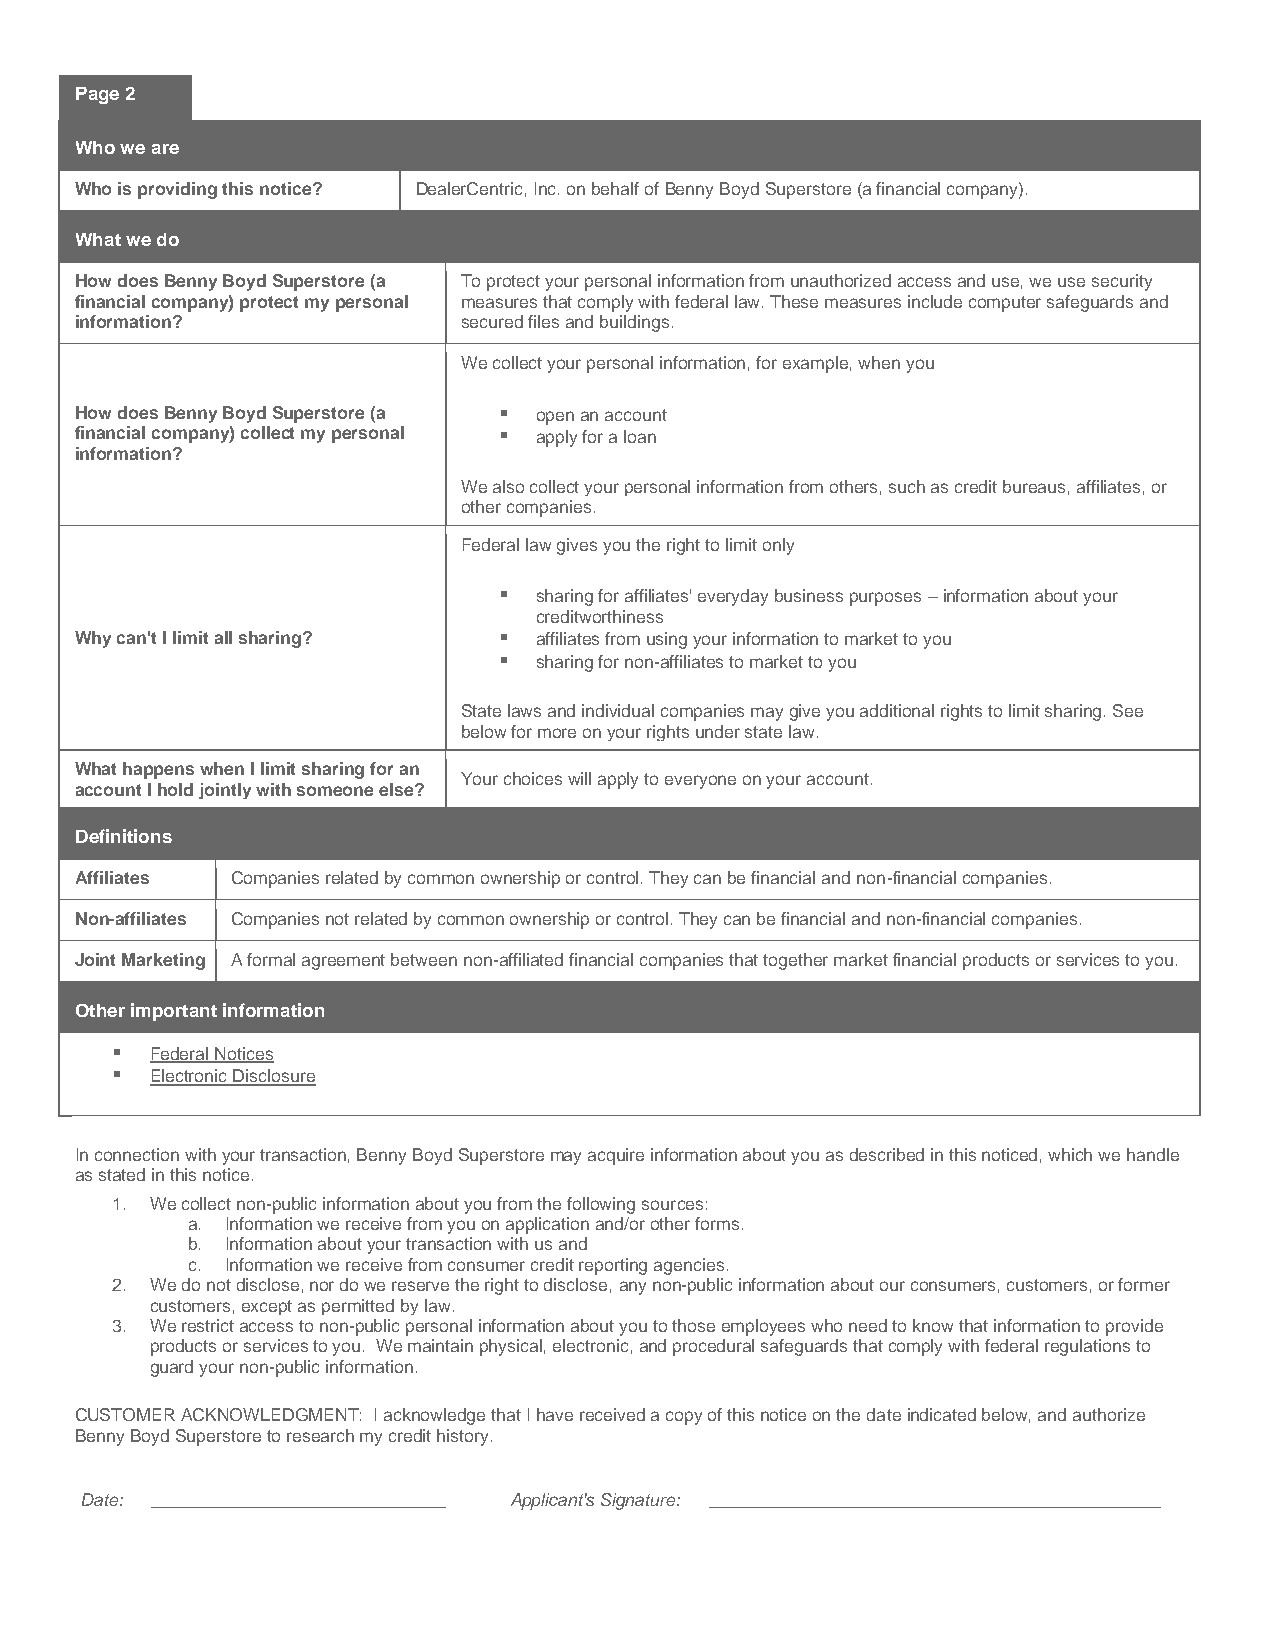
Page 2
 Who we are
 Who is providing this notice? DealerCentric, Inc. on behalf of Benny Boyd Superstore (a financial company).
 What we do
 How does Benny Boyd Superstore (a To protect your personal information from unauthorized access and use, we use security
 financial company) protect my personal measures that comply with federal law. These measures include computer safeguards and
 information?              secured files and buildings.
 We collect your personal information, for example, when you
 How does Benny Boyd Superstore (a  open an account
 financial company) collect my personal  apply for a loan
 information?
 We also collect your personal information from others, such as credit bureaus, affiliates, or
 other companies.
 Federal law gives you the right to limit only
   sharing for affiliates' everyday business purposes – information about your
 creditworthiness
 Why can't I limit all sharing?  affiliates from using your information to market to you
   sharing for non-affiliates to market to you
 State laws and individual companies may give you additional rights to limit sharing. See
 below for more on your rights under state law.
 What happens when I limit sharing for an
 Your choices will apply to everyone on your account.
 account I hold jointly with someone else?
 Definitions
 Affiliates Companies related by common ownership or control. They can be financial and non-financial companies.
 Non-affiliates Companies not related by common ownership or control. They can be financial and non-financial companies.
 Joint Marketing A formal agreement between non-affiliated financial companies that together market financial products or services to you.
 Other important information
   Federal Notices
   Electronic Disclosure
 In connection with your transaction, Benny Boyd Superstore may acquire information about you as described in this noticed, which we handle
 as stated in this notice.
 1. We collect non-public information about you from the following sources:
 a. Information we receive from you on application and/or other forms.
 b. Information about your transaction with us and
 c. Information we receive from consumer credit reporting agencies.
 2. We do not disclose, nor do we reserve the right to disclose, any non-public information about our consumers, customers, or former
 customers, except as permitted by law.
 3. We restrict access to non-public personal information about you to those employees who need to know that information to provide
 products or services to you. We maintain physical, electronic, and procedural safeguards that comply with federal regulations to
 guard your non-public information.
 CUSTOMER ACKNOWLEDGMENT: I acknowledge that I have received a copy of this notice on the date indicated below, and authorize
 Benny Boyd Superstore to research my credit history.
 Date: ______________________________ Applicant's Signature: ______________________________________________